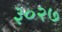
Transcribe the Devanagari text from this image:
३०२७